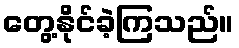
တွေ့နိုင်ခဲ့ကြသည်။